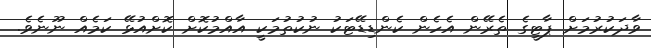
ވާދަކުރުމަށް ޕާޓީގެ ތެރޭން އެހެން ކެންޑިޑޭޓަކު ނުކުތުމަކީ އާއްމުކޮށް ކޮށްއުޅޭ ކަމެއް ނޫނެވެ.